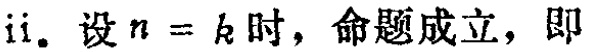
ii. 设\(n = k\)时，命题成立，即